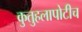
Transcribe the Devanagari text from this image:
कुतुहलापोटीच